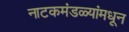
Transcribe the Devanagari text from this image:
नाटकमंडळ्यांमधून